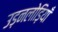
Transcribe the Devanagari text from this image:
उड़नलोड़ियाँ